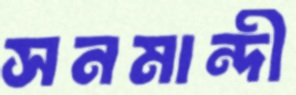
সনমান্দী